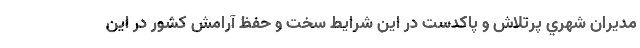
مديران شهري پرتلاش و پاكدست در اين شرايط سخت و حفظ آرامش كشور در اين